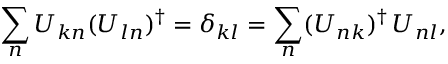
\sum _ { n } U _ { k n } ( U _ { l n } ) ^ { \dagger } = \delta _ { k l } = \sum _ { n } ( U _ { n k } ) ^ { \dagger } \, U _ { n l } ,